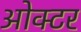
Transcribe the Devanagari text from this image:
ओक्टर